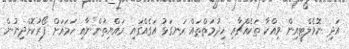
އަދި ނޮވެލްޓީއިން ވިއްކާ ތަކެއްޗާއި ހިދުމަތްތައް ރަނގަޅު އަގެއްގައި ރައްޔިތުންނާއި ހަމައަށް ފޯރުކޮށްދިނުން